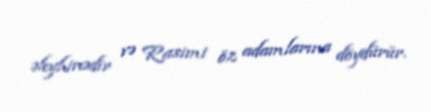
əleyhinədir və Rasimi öz adamlarına döydürür.